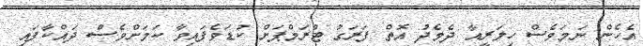
އެހެން ނަމަވެސް ހިލަރީއާ ދެމެދު އޮތް ފަރަގު ޓްރަމްޕަށް ކުޑަވެފައިވާ ކަމަށްވެސް ދައްކާފައި